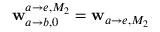
\mathbf { w } _ { a \rightarrow b , 0 } ^ { a \rightarrow e , M _ { 2 } } = \mathbf { w } _ { a \rightarrow e , M _ { 2 } }